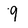
Character: 9